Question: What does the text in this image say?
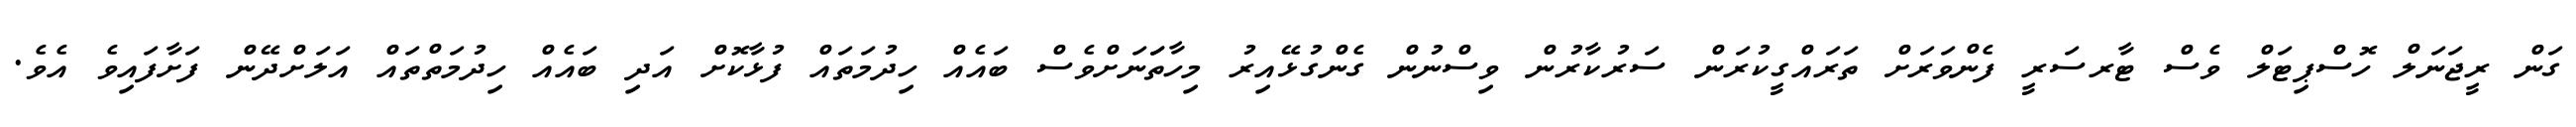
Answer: ގަން ރީޖަނަލް ހޮސްޕިޓަލް ވެސް ޓާރސަރީ ފެންވަރަށް ތަރައްގީކުރަން ސަރުކާރުން ވިސްނުން ގެންގުޅޭއިރު މިހާތަަނަށްވެސް ބައެއް ހިދުމަތައް ފުޅާކޮށް އަދި ބައެއް ހިދުމަތްތައް އަލަށްދޭން ފަށާފައިވެ އެވެ.